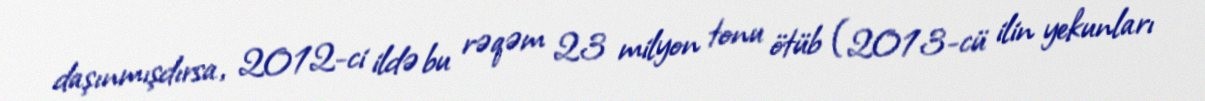
daşınmışdırsa, 2012-ci ildə bu rəqəm 23 milyon tonu ötüb (2013-cü ilin yekunları